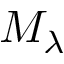
M _ { \lambda }